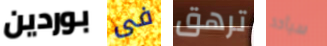
بوردين فى ترهق سيأخذ